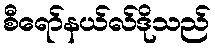
စီရော်နယ်လ်ဒိုသည်